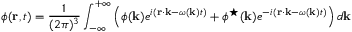
\phi ( { \bf r } , t ) = \frac { 1 } { ( 2 \pi ) ^ { 3 } } \int _ { - \infty } ^ { + \infty } \left( \phi ( { \bf k } ) e ^ { i ( { \bf r } \cdot { \bf k } - \omega ( { \bf k } ) t ) } + \phi ^ { \star } ( { \bf k } ) e ^ { - i ( { \bf r } \cdot { \bf k } - \omega ( { \bf k } ) t ) } \right) d { \bf k }